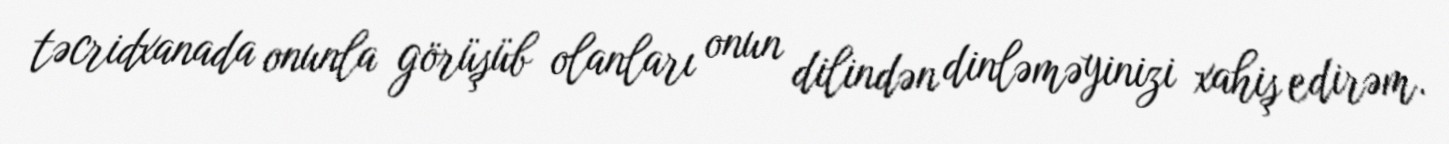
təcridxanada onunla görüşüb olanları onun dilindən dinləməyinizi xahiş edirəm.